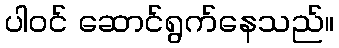
ပါဝင် ဆောင်ရွက်နေသည်။